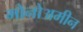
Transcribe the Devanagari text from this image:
मोनोअमीन